Code of medical and sanitary regulations for the guidance of medical officers serving in the Madras Presidency - Volume II
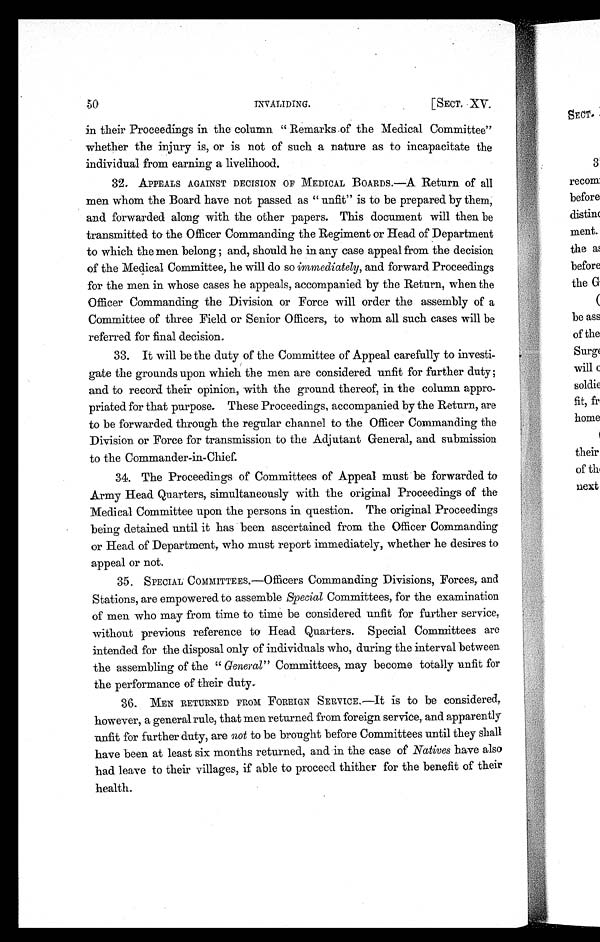
INVALIDING.
[ SECT. XV.
in their Proceedings in the column " Remarks of the Medical Committee"
whether the injury is, or is not of such a nature as to incapacitate the
individual from earning a livelihood.
32.
APPEALS AGAINST DECISION OF MEDICAL BOARDS.—A Return of all
men whom the Board have not passed as " unfit" is to be prepared by them,
and forwarded along with the other papers. This document will then be
transmitted to the Officer Commanding the Regiment or Head of Department
to which the men belong ; and, should he in any case appeal from the decision
of the Medical Committee, he will do so immediately, and forward Proceedings
for the men in whose cases he appeals, accompanied by the Return, when the
Officer Commanding the Division or Force will order the assembly of a
Committee of three Field or Senior Officers, to whom all such cases will be
referred for final decision.
33. it will be the duty of the Committee of Appeal carefully to investi-
gate the grounds upon which the men are considered unfit for further duty;
and to record their opinion, with the ground. thereof, in the column appro-
priated for that purpose. These Proceedings, accompanied by the Return, are
to be forwarded through the regular channel to the Officer Commanding the
Division or Force for transmission to the Adjutant General, and submission
to the Commander-in-Chief.
34. The Proceedings of Committees of Appeal must be forwarded to
Army Head Quarters, simultaneously with the original Proceedings of the
Medical Committee upon the persons in question. The original Proceedings
being detained until it has been ascertained from the Officer Commanding
or Head of Department, who must report immediately, whether he desires to
appeal or not.
35.
SPECIAL COMMITTEES.—Officers Commanding Divisions, Forces, and
Stations, are empowered to assemble Special Committees, for the examination
of men who may from time to time be considered unfit for further service,
without previous reference to Head Quarters. Special Committees are
intended for the disposal only of individuals who, during the interval between
the assembling of the " General" Committees, may become totally unfit for
the performance of their duty.
36.
MEN RETURNED FROM FOREIGN SERVICE.—It is to be considered,
however, a general rule, that men returned from foreign service, and apparently
unfit for further duty, are not to be brought before Committees until they shall
have been at least six months returned, and in the case of Natives have also
had leave to their villages, if able to proceed thither for the benefit of their
health.